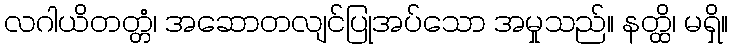
လဂါယိတတ္တံ၊ အဆောတလျင်ပြုအပ်သော အမှုသည်။ နတ္ထိ၊ မရှိ။